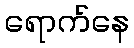
ရောက်နေ